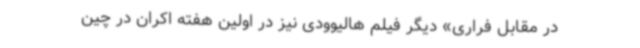
در مقابل فراری» دیگر فیلم هالیوودی نیز در اولین هفته اکران در چین